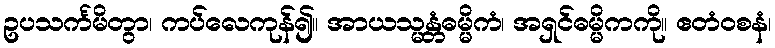
ဥပသင်္ကမိတွာ၊ ကပ်လေကုန်၍။ အာယသ္မန္တံဓမ္မိကံ၊ အရှင်ဓမ္မိကကို။ ဧတံဝစနံ၊